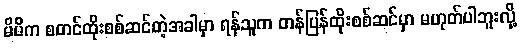
မိမိက စတင်ထိုးစစ်ဆင်တဲ့အခါမှာ ရန်သူက တန်ပြန်ထိုးစစ်ဆင်မှာ မဟုတ်ပါဘူးလို့